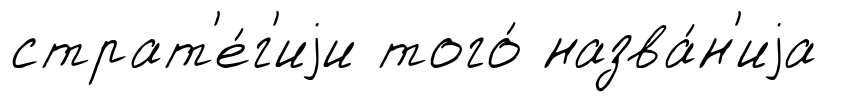
страт'е́г'иjи того́ назва́н'иjа